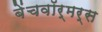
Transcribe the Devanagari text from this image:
बेंचवॉर्मर्स